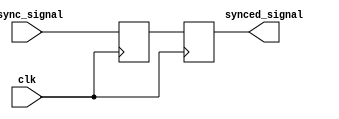
module synchronizer (
    input wire async_signal,
    input wire clk,
    output reg synced_signal
);

reg first_synced_signal;
reg second_synced_signal;

always @(posedge clk) begin
    first_synced_signal <= async_signal;
    second_synced_signal <= first_synced_signal;
end

assign synced_signal = second_synced_signal;

endmodule